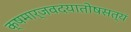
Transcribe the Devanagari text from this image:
क्षमार्जवदयातोषसत्यं